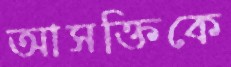
আসক্তিকে